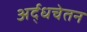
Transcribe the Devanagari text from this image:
अर्द्धचेतन